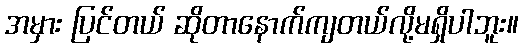
အမှား ပြင်တယ် ဆိုတာနောက်ကျတယ်လို့မရှိပါဘူး။